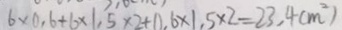
6 \times ( 0 . 6 + 1 6 \times 1 . 5 \times 2 + 0 . 6 \times 1 . 5 \times 2 = 2 3 . 4 ( m ^ { 2 } )